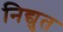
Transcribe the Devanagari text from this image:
निद्युत